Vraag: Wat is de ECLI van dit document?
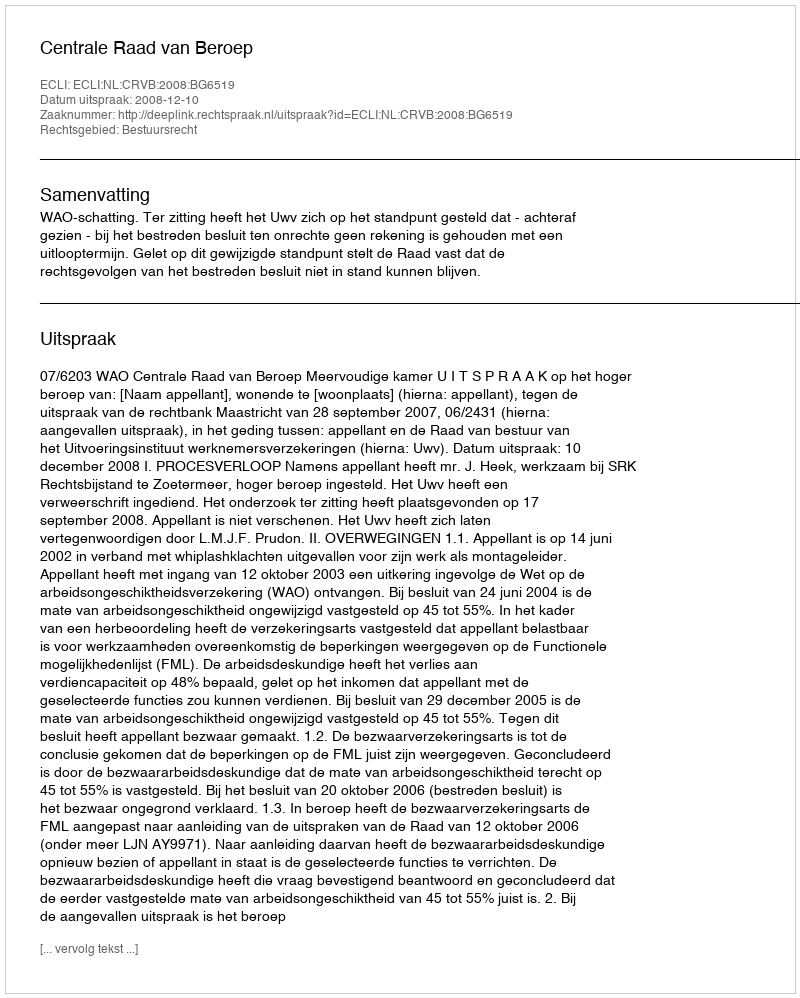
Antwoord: ECLI:NL:CRVB:2008:BG6519